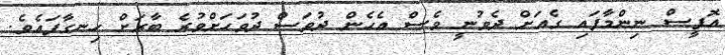
އޮފީސް ނިންމާފައި ގެއަށް ދެވުނީ ވެސް އެހެން ދުވަސް ދުވަހަށްވުރެ ބާރަށް ހިނގާފައެވެ.